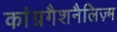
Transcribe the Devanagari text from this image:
कांग्रगैशनैलिज़्म